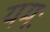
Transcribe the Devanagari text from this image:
यमः